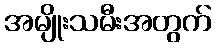
အမျိုးသမီးအတွက်